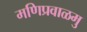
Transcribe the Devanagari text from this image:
मणिप्रवाळमु